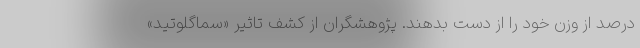
درصد از وزن خود را از دست بدهند. پژوهشگران از کشف تاثیر «سماگلوتید»